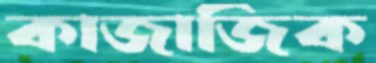
কাজাজিক